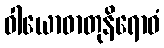
ဝါယောဓာတုနိရောဓံ